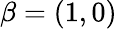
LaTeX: \beta=(1,0)